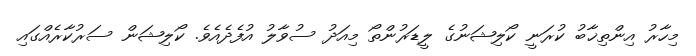
މިހާރު އިންތިޚާބު ކުރަނީ ކޯލިޝަނުގެ ލީޑަރުންތޯ މިއަދު ސުވާލު އުފެދެއެވެ. ކޯލިޝަން ސަރުކާރެއްގައި